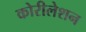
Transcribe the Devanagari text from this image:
कोरीलेशन